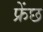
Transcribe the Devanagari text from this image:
फ्रेंछ